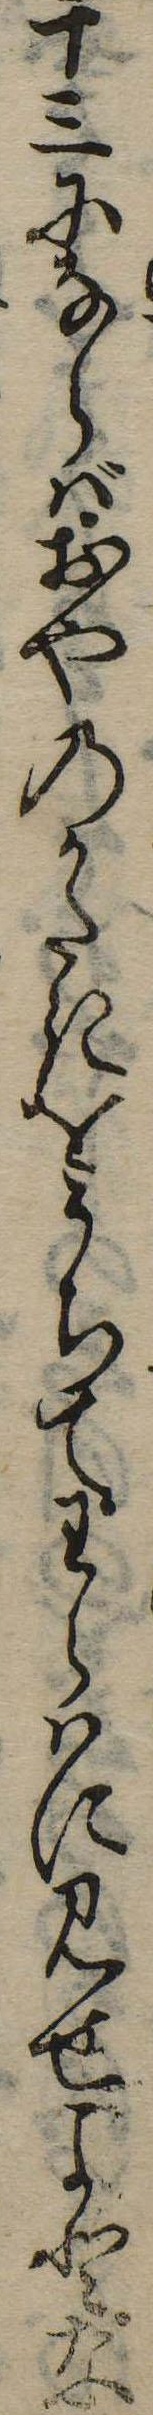
十三にならばおやのかたきをうちてわらはに見せよとな